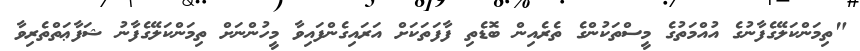
"ތިމަންކަލޭގެފާނުގެ އުއްމަތުގެ މީސްތަކުންގެ ތެރެއިން ބޮޑެތި ފާފަތަކަށް އަރައިގެންފައިވާ މީހުންނަށް ތިމަންކަލޭގެފާނު ޝަފާޢަތްތެރިވާ